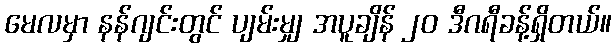
မေလမှာ နန်ဂျင်းတွင် ပျမ်းမျှ အပူချိန် ၂၀ ဒီဂရီခန့်ရှိတယ်။